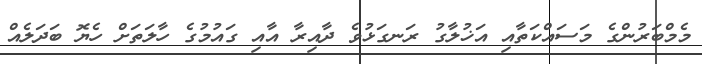
މެމްބަރުންގެ މަސައްކަތާއި އަޚުލާގު ރަނގަޅުވެ ދާއިރާ އާއި ގައުމުގެ ހާލަތަށް ހެޔޮ ބަދަލެއް